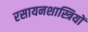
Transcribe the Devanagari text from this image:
रसायनशास्त्रियों